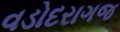
વડોદરાગજ